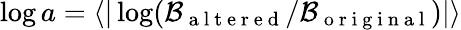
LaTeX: \log a=\langle|\log(\mathcal B_{\mathrm{~a~l~t~e~r~e~d~}}/\mathcal B_{\mathrm{~o~r~i~g~i~n~a~l~}})|\rangle